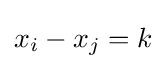
x_{i}-x_{j}=k